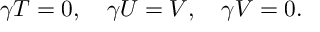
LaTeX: \gamma T = 0 , \quad \gamma U = V , \quad \gamma V = 0 .